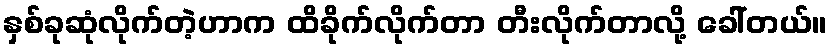
နှစ်ခုဆုံလိုက်တဲ့ဟာက ထိခိုက်လိုက်တာ တီးလိုက်တာလို့ ခေါ်တယ်။